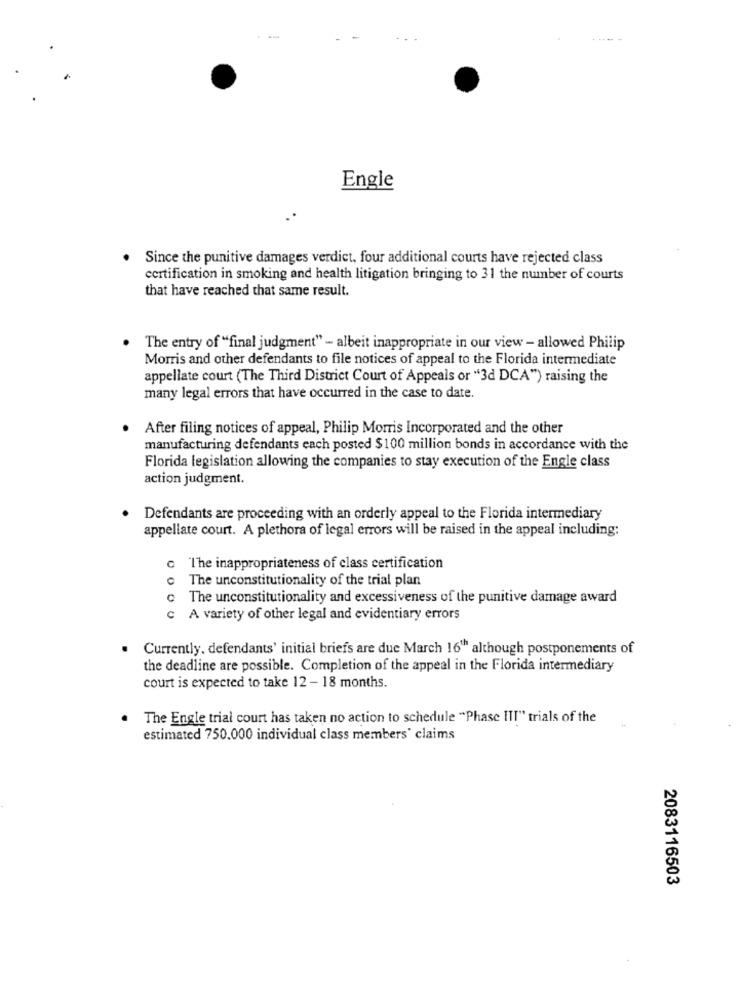
Engle
Since the punitive damages verdict, four additional courts have rejected class
certification in smoking and health litigation bringing to 31 the number of courts
that have reached that same result.
The entry of "final judgment" - albeit inappropriate in our view - allowed Philip
Morris and other defendants to file notices of appeal to the Florida intermediate
appellate court (The Third District Court of Appeals or "3d DCA") raising the
many legal errors that have occurred in the case to date.
After filing notices of appeal, Philip Morris Incorporated and the other
manufacturing defendants each posted $100 million bonds in accordance with the
Florida legislation allowing the companies to stay execution of the Engle class
action judgment.
Defendants are proceeding with an orderly appeal to the Florida intermediary
appellate court. A plethora of legal errors will be raised in the appeal including:
c The inappropriateness of class certification
The unconstitutionality of the trial plan
The unconstitutionality and excessiveness of the punitive damage award
0
c A variety of other legal and evidentiary errors
. Currently, defendants' initial briefs are due March 16"" although postponements of
the deadline are possible. Completion of the appeal in the Florida intermediary
court is expected to take 12 - 18 months.
The Engle trial court has taken no action to schedule "Phase III" trials of the
estimated 750.000 individual class members' claims
2083116503